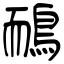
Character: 鴯